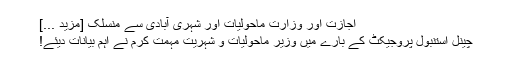
اجازت اور وزارت ماحولیات اور شہری آبادی سے منسلک [مزید ...]
چینل استنبول پروجیکٹ کے بارے میں وزیر ماحولیات و شہریت مہمت کرم نے اہم بیانات دیئے!